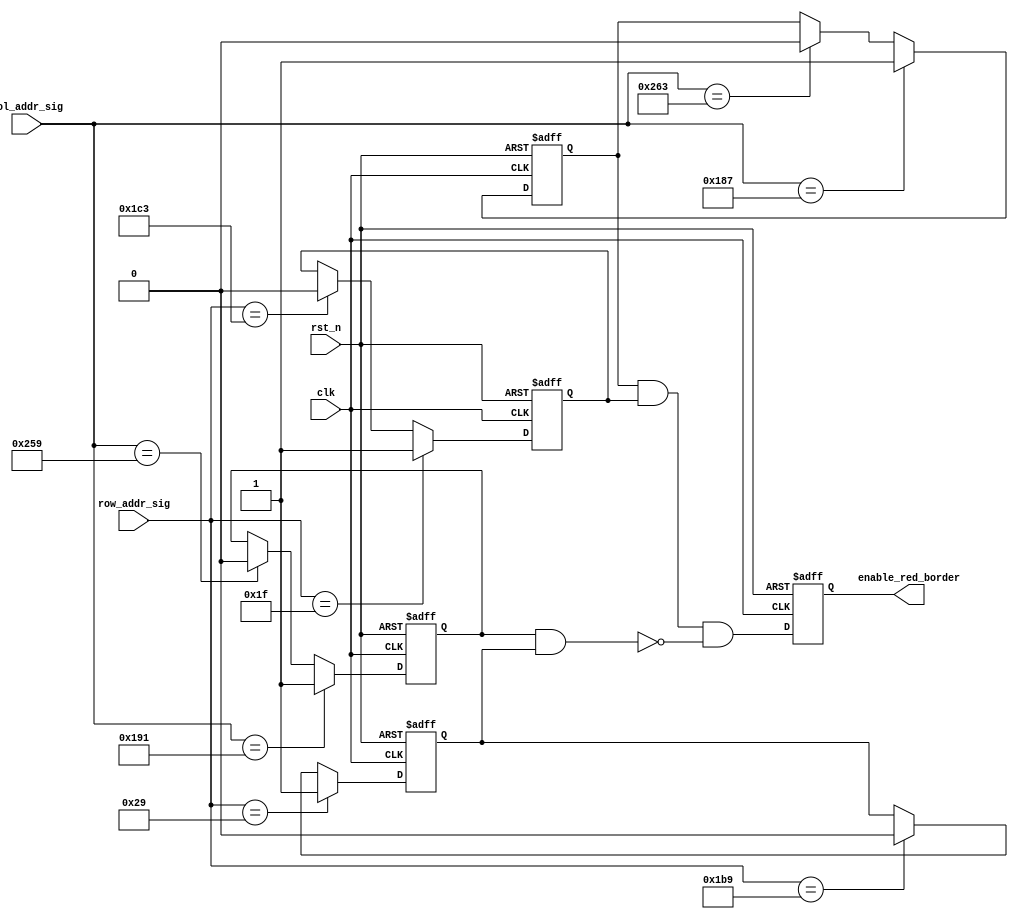
`timescale 1ns / 1ps
//////////////////////////////////////////////////////////////////////////////////
// Company: 
// Engineer: 
// 
// Design Name: 
// Module Name:    display_border 
// Project Name: 
// Target Devices: 
// Tool versions: 
// Description: 
//
// Dependencies: 
//
// Revision: 
// Revision 0.01 - File Created
// Additional Comments: 
//



//
//////////////////////////////////////////////////////////////////////////////////
 module display_border
 (clk, rst_n, col_addr_sig, row_addr_sig, enable_red_border
 );
 input clk;
 input rst_n;
 input[10:0] col_addr_sig;
 input[10:0] row_addr_sig;
 output enable_red_border;
 
 /**************************************************/
 
 parameter h_start = 11'd391;
 parameter v_start = 11'd31;
 parameter border_width = 11'd10;
 
 /**************************************************/
 
 reg enable_red_out_h;
 reg enable_red_out_v;
 
 always @ ( posedge clk or negedge rst_n )
   begin
     if( !rst_n )
        enable_red_out_h <= 1'b0;
     else if( col_addr_sig == h_start ) 
        enable_red_out_h <= 1'b1;
     else if( col_addr_sig == h_start + 11'd220 )
        enable_red_out_h <= 1'b0;
     else 
        enable_red_out_h <= enable_red_out_h;
   end
   
 always @ ( posedge clk or negedge rst_n )
   begin 
     if( !rst_n )
        enable_red_out_v <= 1'b0;
     else if( row_addr_sig == v_start )
        enable_red_out_v <= 1'b1;
     else if( row_addr_sig == v_start + 11'd420 ) 
        enable_red_out_v <= 1'b0;
     else 
        enable_red_out_v <= enable_red_out_v;
   end
   
 /**************************************************/
 
 reg enable_red_in_h;
 reg enable_red_in_v;
 
 always @ ( posedge clk or negedge rst_n )
   begin
     if( !rst_n )
        enable_red_in_h <= 1'b0;
     else if( col_addr_sig == h_start + border_width ) 
        enable_red_in_h <= 1'b1;
     else if( col_addr_sig == h_start + 11'd210 )
        enable_red_in_h <= 1'b0;
     else 
        enable_red_in_h <= enable_red_in_h;
   end
   
 always @ ( posedge clk or negedge rst_n )
   begin 
     if( !rst_n )
        enable_red_in_v <= 1'b0;
     else if( row_addr_sig == v_start + border_width )
        enable_red_in_v <= 1'b1;
     else if( row_addr_sig == v_start + 11'd410 ) 
        enable_red_in_v <= 1'b0;
     else 
        enable_red_in_v <= enable_red_in_v;
   end
   
 /**************************************************/
 
 reg rred_border;
 
 always @ ( posedge clk or negedge rst_n )
   begin 
     if( !rst_n )
        rred_border <= 1'b0;
     else 
        rred_border <= ( enable_red_out_h && enable_red_out_v ) && ( !( enable_red_in_h && enable_red_in_v ) );
   end
   
 /**************************************************/
 
 assign enable_red_border = rred_border;
 
 /**************************************************/
 
 endmodule